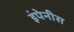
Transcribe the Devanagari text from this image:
इंपेनीस